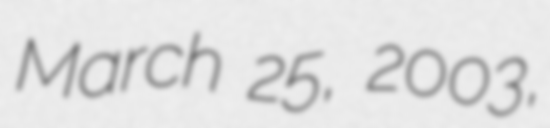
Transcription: March 25, 2003,